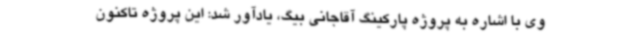
وی با اشاره به پروژه پارکینگ آقاجانی بیگ، یادآور شد: این پروژه تاکنون